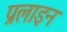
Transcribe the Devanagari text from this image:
प्रलाइन